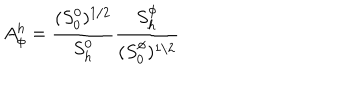
A _ { \phi } ^ { h } = \frac { ( S _ { 0 } ^ { 0 } ) ^ { 1 / 2 } } { S _ { h } ^ { 0 } } \frac { S _ { h } ^ { \phi } } { ( S _ { 0 } ^ { \phi } ) ^ { 1 / 2 } }